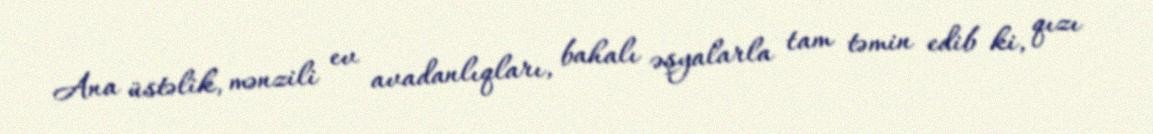
Ana üstəlik, mənzili ev avadanlıqları, bahalı əşyalarla tam təmin edib ki, qızı